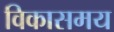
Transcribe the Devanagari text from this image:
विकासमय